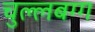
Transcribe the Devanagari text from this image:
चुल्लबग्ग